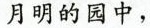
月明的园中，